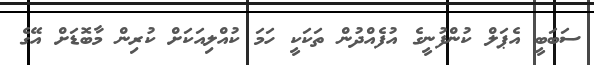
ސަބަބީ އެޕަލް ކުންފުނީގެ އުފެއްދުން ތަކަކީ ހަމަ ކުއްލިއަކަށް ކުރިން މާބޮޑަށް އޭގެ